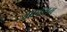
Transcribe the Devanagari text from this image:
मानसम्